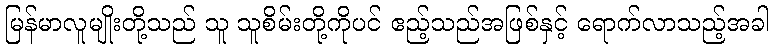
မြန်မာလူမျိုးတို့သည် သူ သူစိမ်းတို့ကိုပင် ဧည့်သည်အဖြစ်နှင့် ရောက်လာသည့်အခါ